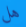
هل